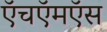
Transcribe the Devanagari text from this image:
ऍचऍमऍस